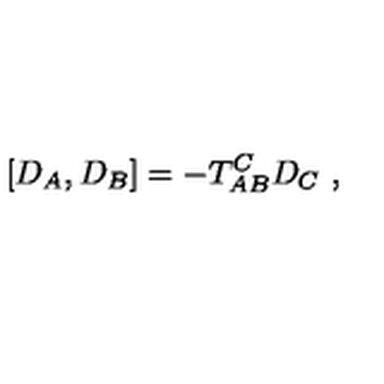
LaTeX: \left[ D _ { A } , D _ { B } \right] = - T _ { A B } ^ { C } D _ { C } \ ,